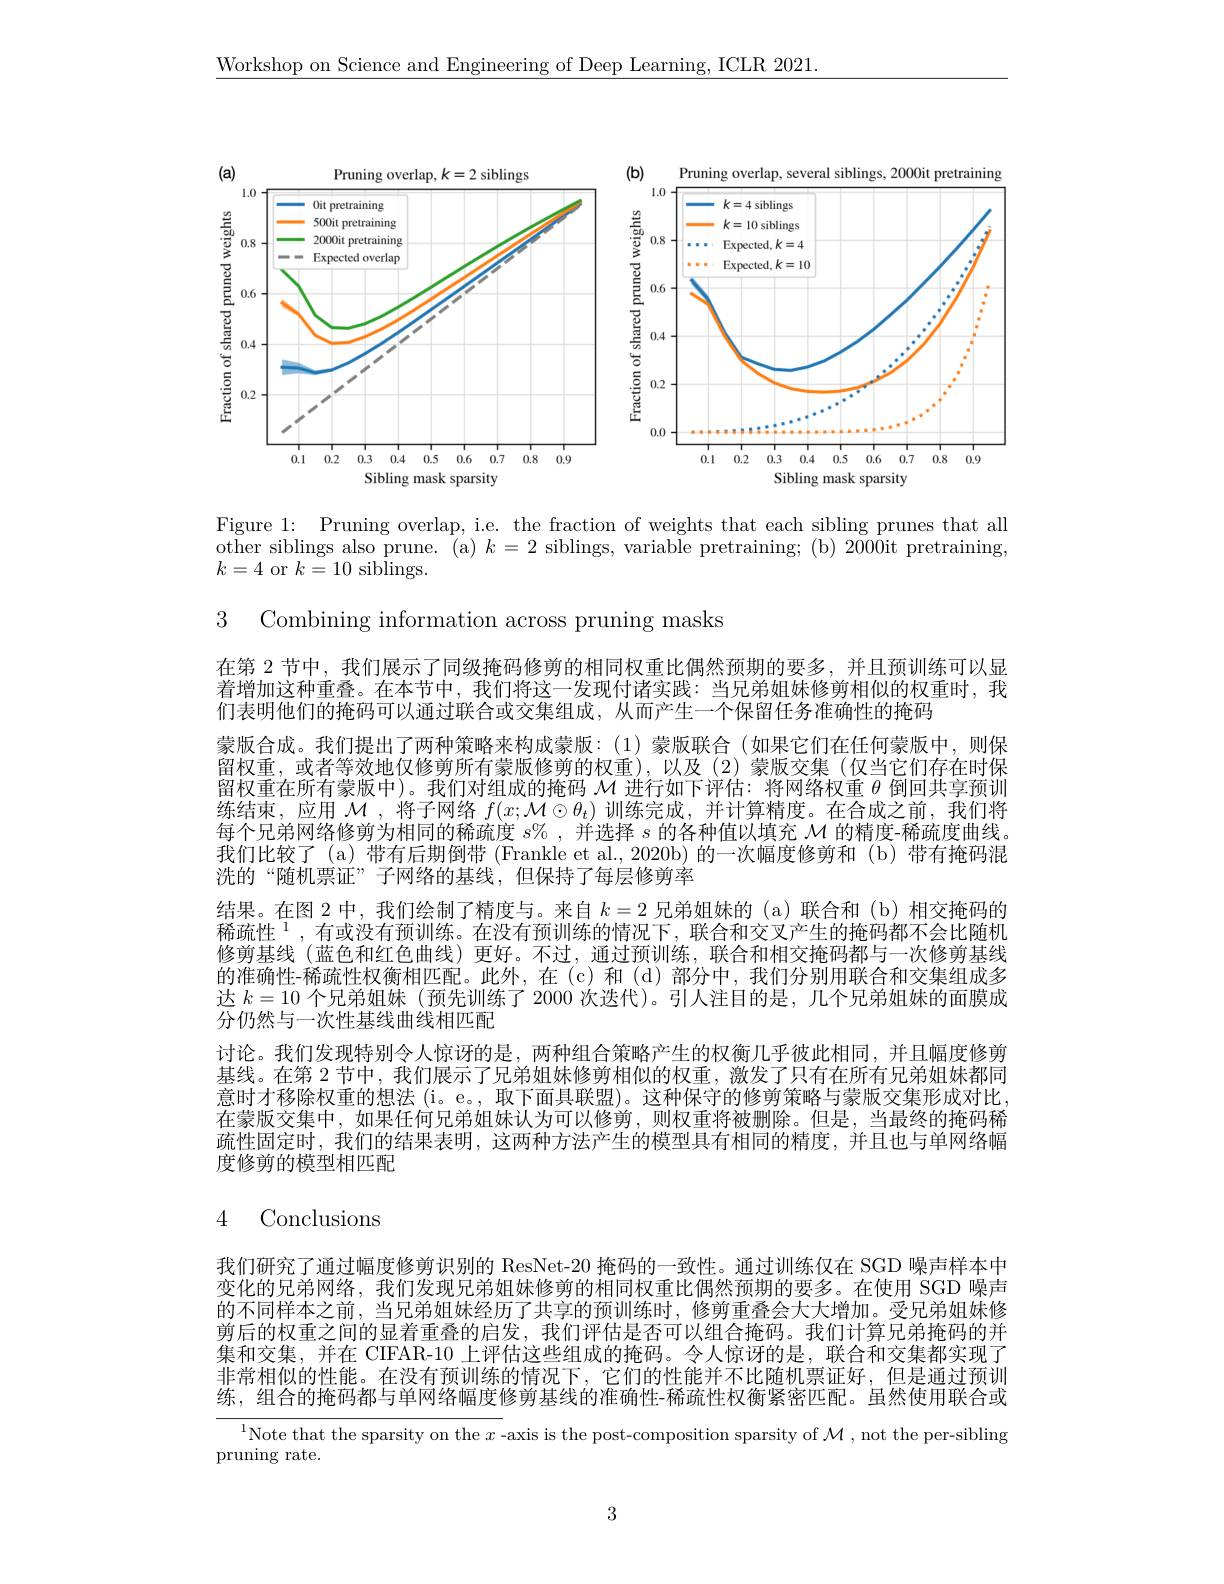
$\underline{\text{Workshop on Science and Engineering of Deep Learning, ICLR 2021.}}$

<FigureHere>

Figure 1: Pruning overlap, i.e. the fraction of weights that each sibling prunes that all other siblings also prune. ( a) k= 2 siblings, variable pretraining; ( b) 2000it pretraining, $k=4$ or $k=10$ siblings.

3 Combining information across pruning masks

在第 2 节中，我们展示了同级掩码修剪的相同权重比偶然预期的要多，并且预训练可以显着增加这种重叠。在本节中，我们将这一发现付诸实践：当兄弟姐妹修剪相似的权重时，我们表明他们的掩码可以通过联合或交集组成，从而产生一个保留任务准确性的掩码
蒙版合成。我们提出了两种策略来构成蒙版：(1)蒙版联合(如果它们在任何蒙版中，则保留权重，或者等效地仅修剪所有蒙版修剪的权重),以及(2)蒙版交集(仅当它们存在时保留权重在所有蒙版中)。我们对组成的掩码$\mathcal{M}$进行如下评估：将网络权重$\theta$倒回共享预训练结束，应用$\mathcal{M}$ ,将子网络$f(x;\mathcal{M}\odot\theta_t)$训练完成，并计算精度。在合成之前，我们将每个兄弟网络修剪为相同的稀疏度$s\%$,并选择$s$的各种值以填充$\mathcal{M}$的精度-稀疏度曲线。我们比较了(a)带有后期倒带 (Frankle et al.,2020b)的一次幅度修剪和 (b)带有掩码混洗的“随机票证”子网络的基线，但保持了每层修剪率
结果。在图 2 中，我们绘制了精度与。来自$k=2$兄弟姐妹的(a)联合和(b)相交掩码的稀疏性$^{1}$,有或没有预训练。在没有预训练的情况下，联合和交叉产生的掩码都不会比随机修剪基线(蓝色和红色曲线)更好。不过，通过预训练，联合和相交掩码都与一次修剪基线的准确性-稀疏性权衡相匹配。此外，在(c)和(d)部分中，我们分别用联合和交集组成多达$k=10$个兄弟姐妹 (预先训练了 2000 次迭代)。引人注目的是，几个兄弟姐妹的面膜成分仍然与一次性基线曲线相匹配
讨论。我们发现特别令人惊讶的是，两种组合策略产生的权衡儿乎彼此相同，并且幅度修剪基线。在第 2 节中，我们展示了兄弟姐妹修剪相似的权重，激发了只有在所有兄弟姐妹都同意时才移除权重的想法(i。e。, 取下面具联盟)。这种保守的修剪策略与蒙版交集形成对比在蒙版交集中，如果任何兄弟姐妹认为可以修剪，则权重将被删除。但是，当最终的掩码稀疏性固定时，我们的结果表明，这两种方法产生的模型具有相同的精度，并且也与单网络幅度修剪的模型相匹配

# 4 Conclusions

我们研究了通过幅度修剪识别的 ResNet-20 掩码的一致性。通过训练仅在 SGD 噪声样本中变化的兄弟网络，我们发现兄弟姐妹修剪的相同权重比偶然预期的要多。在使用 SGD 噪声的不同样本之前，当兄弟姐妹经历了共享的预训练时，修剪重叠会大大增加。受兄弟姐妹修剪后的权重之间的显着重叠的启发，我们评估是否可以组合掩码。我们计算兄弟掩码的并集和交集，并在 CIFAR-10 上评估这些组成的掩码。令人惊讶的是，联合和交集都实现了非常相似的性能。在没有预训练的情况下，它们的性能并不比随机票证好，但是通过预训练，组合的掩码都与单网络幅度修剪基线的准确性-稀疏性权衡紧密匹配。虽然使用联合或

$^{1}$Note that the sparsity on the $x$ -axis is the post-composition sparsity of $\mathcal{M}$, not the per-sibling

pruning rate.

3